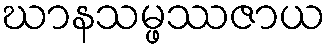
ဃာနသမ္ဖဿဇာယ